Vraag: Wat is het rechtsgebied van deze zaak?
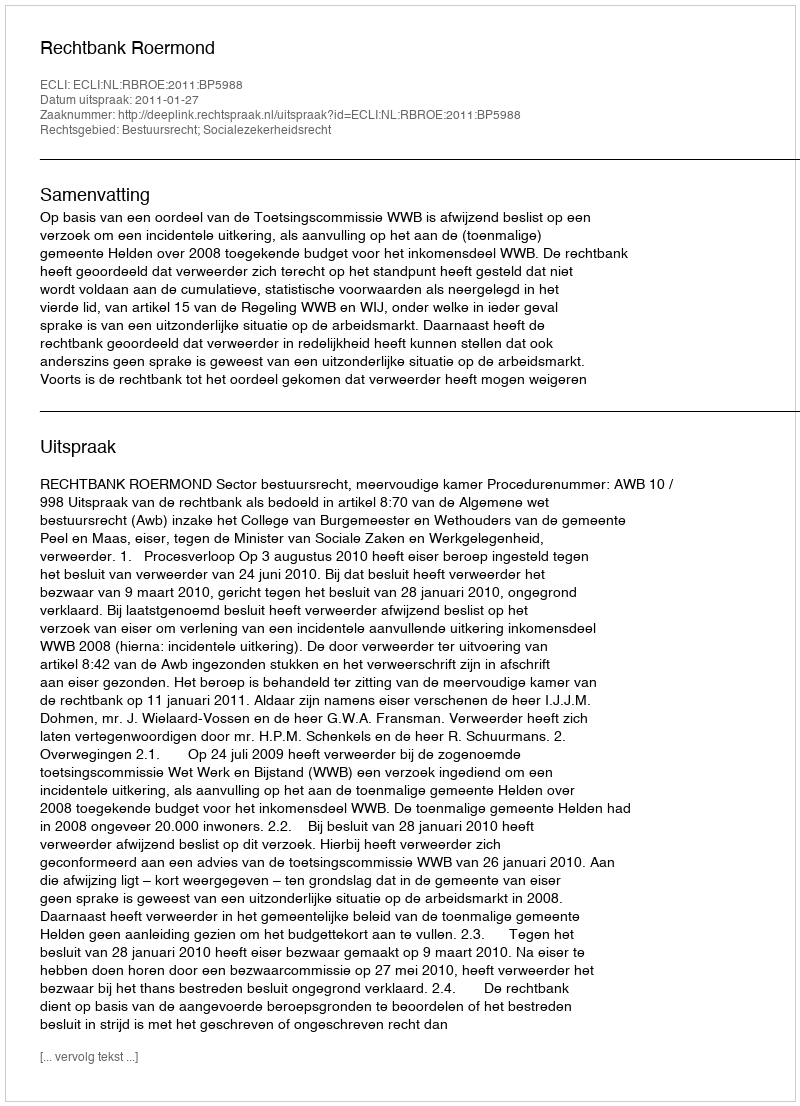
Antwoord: Bestuursrecht; Socialezekerheidsrecht